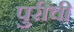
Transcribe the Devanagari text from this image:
पुरीची